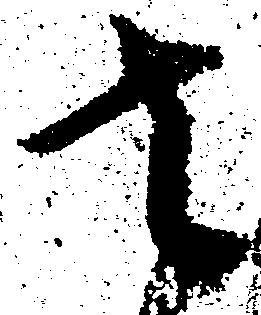
去